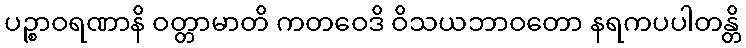
ပဉ္စာဝရဏာနိ ဝတ္တာမာတိ ကတဝေဒိ ဝိသယဘာဝတော နရကပပါတန္တိ